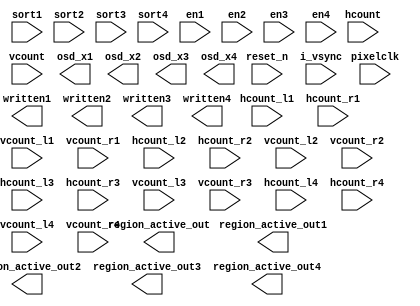
module word_control(
      input						         pixelclk,
	  input                                reset_n,
	  input                                i_vsync, 
	  input            [11:0]              hcount,
      input            [11:0]              vcount,       
	  input            [11:0]             hcount_l1,
      input            [11:0]             hcount_r1,
      input            [11:0]             vcount_l1,
      input            [11:0]             vcount_r1,
      input            [11:0]             hcount_l2, 
      input            [11:0]             hcount_r2,
      input            [11:0]             vcount_l2,
      input            [11:0]             vcount_r2,
      input            [11:0]             hcount_l3, 
      input            [11:0]             hcount_r3,
      input            [11:0]             vcount_l3,
      input            [11:0]             vcount_r3,
      input            [11:0]             hcount_l4, 
      input            [11:0]             hcount_r4,
      input            [11:0]             vcount_l4,
      input            [11:0]             vcount_r4,
	   input            [3:0]              sort1,
	   input            [3:0]              sort2,
	   input            [3:0]              sort3,
	   input            [3:0]              sort4,

	   input                               en1,
	   input                               en2,
	   input                               en3,
	   input                               en4,


	   output        reg   [7:0]              written1,
	   output        reg   [7:0]              written2,
	   output        reg   [7:0]              written3,
	   output        reg   [7:0]              written4,


	   output                              region_active_out,
	   output                              region_active_out1,
	   output                              region_active_out2,
	   output                              region_active_out3,
	   output                              region_active_out4,


      output           [11:0]             osd_x1,
      output           [11:0]             osd_x2,
      output           [11:0]             osd_x3,
      output           [11:0]             osd_x4


);
parameter OSD_WIDTH   =  12'd144;
parameter OSD_HEGIHT  =  12'd28;


 
reg         [15:0]          osd_ram_addr;
wire        [15:0]          osd_ram_addr1;
wire        [15:0]          osd_ram_addr2;
wire        [15:0]          osd_ram_addr3;
wire        [15:0]          osd_ram_addr4;


wire        [7:0]          q;
wire        [7:0]          q1;
wire        [7:0]          q2;
wire        [7:0]          q3;
wire        [7:0]          q4;
wire        [7:0]          q5;
wire        [7:0]          q6;
wire        [7:0]          q7;
wire        [7:0]          q8;
wire        [7:0]          q9;
wire        [7:0]          q10;
wire        [7:0]          q11;
wire        [7:0]          q12;


// written_enable  written_enable1_inst
//
//(
//        . pixelclk             (pixelclk),
//        . reset_n              (reset_n ),
//        . i_vsync              (i_vsync ), 
//        . hcount               (hcount),
//        . vcount               (vcount),       
//        . hcount_l1            (hcount_l1),
//        . hcount_r1            (hcount_r1),
//        . vcount_l1            (vcount_l1),
//        . vcount_r1            (vcount_r1),           
//        .en                    (en1),
//        . osd_ram_addr         (osd_ram_addr1),
////        . written              (written ),
//        . region_active_out    (region_active_out1),
//        . osd_x                (osd_x1)
//	   
//);
//
//
// written_enable  written_enable2_inst
//
//(
//        . pixelclk             (pixelclk),
//        . reset_n              (reset_n ),
//        . i_vsync              (i_vsync ), 
//        . hcount               (hcount),
//        . vcount               (vcount),       
//        . hcount_l1            (hcount_l2),
//        . hcount_r1            (hcount_r2),
//        . vcount_l1            (vcount_l2),
//        . vcount_r1            (vcount_r2),           
//        .en                    (en2),                               
//        . osd_ram_addr         (osd_ram_addr2),
////        . written              (written ),
//        . region_active_out    (region_active_out2),
//        . osd_x                (osd_x2)
//	   
//);
//
// written_enable  written_enable3_inst
//
//(
//        . pixelclk             (pixelclk),
//        . reset_n              (reset_n ),
//        . i_vsync              (i_vsync ), 
//        . hcount               (hcount),
//        . vcount               (vcount),       
//        . hcount_l1            (hcount_l3),
//        . hcount_r1            (hcount_r3),
//        . vcount_l1            (vcount_l3),
//        . vcount_r1            (vcount_r3),           
//        .en                    (en3),                               
//        . osd_ram_addr         (osd_ram_addr3),
////        . written              (written ),
//        . region_active_out    (region_active_out3),
//        . osd_x                (osd_x3)
//	   
//);

// written_enable  written_enable4_inst
//
//(
//        . pixelclk             (pixelclk),
//        . reset_n              (reset_n ),
//        . i_vsync              (i_vsync ), 
//        . hcount               (hcount),
//        . vcount               (vcount),       
//        . hcount_l1            (hcount_l4),
//        . hcount_r1            (hcount_r4),
//        . vcount_l1            (vcount_l4),
//        . vcount_r1            (vcount_r4),           
//        .en                    (en4),                               
//        . osd_ram_addr         (osd_ram_addr4),
////        . written              (written ),
//        . region_active_out    (region_active_out4),
//        . osd_x                (osd_x4)
//	   
//);

// written_enable  written_enable5_inst
//
//(
//        . pixelclk             (pixelclk),
//        . reset_n              (reset_n ),
//        . i_vsync              (i_vsync ), 
//        . hcount               (hcount),
//        . vcount               (vcount),       
//        . hcount_l1            (hcount_l5),
//        . hcount_r1            (hcount_r5),
//        . vcount_l1            (vcount_l5),
//        . vcount_r1            (vcount_r5),           
//        .en                    (en5),                               
//        . osd_ram_addr         (osd_ram_addr5),
////        . written              (written ),
//        . region_active_out    (region_active_out5),
//        . osd_x                (osd_x5)
//	   
//);
//
// written_enable  written_enable6_inst
//
//(
//        . pixelclk             (pixelclk),
//        . reset_n              (reset_n ),
//        . i_vsync              (i_vsync ), 
//        . hcount               (hcount),
//        . vcount               (vcount),       
//        . hcount_l1            (hcount_l6),
//        . hcount_r1            (hcount_r6),
//        . vcount_l1            (vcount_l6),
//        . vcount_r1            (vcount_r6),           
//        .en                    (en6),                               
//        . osd_ram_addr         (osd_ram_addr6),
////        . written              (written ),
//        . region_active_out    (region_active_out6),
//        . osd_x                (osd_x6)
//	   
//);
//
// written_enable  written_enable7_inst
//
//(
//        . pixelclk             (pixelclk),
//        . reset_n              (reset_n ),
//        . i_vsync              (i_vsync ), 
//        . hcount               (hcount),
//        . vcount               (vcount),       
//        . hcount_l1            (hcount_l7),
//        . hcount_r1            (hcount_r7),
//        . vcount_l1            (vcount_l7),
//        . vcount_r1            (vcount_r7),           
//        .en                    (en7),                               
//        . osd_ram_addr         (osd_ram_addr7),
////        . written              (written ),
//        . region_active_out    (region_active_out7),
//        . osd_x                (osd_x7)
//	   
//);
//
//written_enable  written_enable8_inst
//
//(
//        . pixelclk             (pixelclk),
//        . reset_n              (reset_n ),
//        . i_vsync              (i_vsync ), 
//        . hcount               (hcount),
//        . vcount               (vcount),       
//        . hcount_l1            (hcount_l8),
//        . hcount_r1            (hcount_r8),
//        . vcount_l1            (vcount_l8),
//        . vcount_r1            (vcount_r8),           
//        .en                    (en8),                               
//        . osd_ram_addr         (osd_ram_addr8),
////        . written              (written ),
//        . region_active_out    (region_active_out8),
//        . osd_x                (osd_x8)
//	   
//);

//written_enable  written_enable9_inst
//
//(
//        . pixelclk             (pixelclk),
//        . reset_n              (reset_n ),
//        . i_vsync              (i_vsync ), 
//        . hcount               (hcount),
//        . vcount               (vcount),       
//        . hcount_l1            (hcount_l9),
//        . hcount_r1            (hcount_r9),
//        . vcount_l1            (vcount_l9),
//        . vcount_r1            (vcount_r9),           
//        .en                    (en9),                               
//        . osd_ram_addr         (osd_ram_addr9),
////        . written              (written ),
//        . region_active_out    (region_active_out9),
//        . osd_x                (osd_x9)
//	   
//);

//always@(*)
//  begin
//        if(region_active_out1 == 1'b1)
//
//    		osd_ram_addr <= osd_ram_addr1 ;
//
//      else if(region_active_out2 == 1'b1)
//
//    		osd_ram_addr <= osd_ram_addr2 ;
//
//      else if(region_active_out3 == 1'b1)
//
//    		osd_ram_addr <= osd_ram_addr3 ;
////
////      else if(region_active_out4 == 1'b1)
////
////    		osd_ram_addr <= osd_ram_addr4 ;
//
////      else if(region_active_out5 == 1'b1)
////
////    		osd_ram_addr <= osd_ram_addr5 ;
//
////      else if(region_active_out6 == 1'b1)
////
////    		osd_ram_addr <= osd_ram_addr6 ;
////
////      else if(region_active_out7 == 1'b1)
////
////    		osd_ram_addr <= osd_ram_addr7 ;
////
////      else if(region_active_out8 == 1'b1)
////
////    		osd_ram_addr <= osd_ram_addr8 ;
////
////      else if(region_active_out9 == 1'b1)
////
////    		osd_ram_addr <= osd_ram_addr9 ;
//
//    else      osd_ram_addr <= 16'd0;
//
//
//
//   end
//
//always@(*)
//  begin
//    if(sort1==4'd1) 
//    written1<=q;
//	else    if(sort1==4'd2) 
//    written1<=q1;
//	else    if(sort1==4'd3) 
//    written1<=q2;
//    else    if(sort1==4'd4) 
//    written1<=q3;
//    else    if(sort1==4'd5) 
//    written1<=q4;
//	else    if(sort1==4'd6) 
//    written1<=q5;
//	else    if(sort1==4'd7) 
//    written1<=q6;
//    else    if(sort1==4'd8) 
//    written1<=q7;
//	else    if(sort1==4'd9) 
//    written1<=q8;
//	else    if(sort1==4'd10) 
//    written1<=q9;
//    else    if(sort1==4'd11) 
//    written1<=q10;
//    else    if(sort1==4'd12) 
//    written1<=q11;	
//    else    if(sort1==4'd13) 
//    written1<=q12;
//	else  
//    written1<= written1;			
//	end 
//
//always@(*)
//  begin
//    if(sort2==4'd1) 
//    written2<=q;
//	else    if(sort2==4'd2) 
//    written2<=q1;
//	else    if(sort2==4'd3) 
//    written2<=q2;
//    else    if(sort2==4'd4) 
//    written2<=q3;
//    else    if(sort2==4'd5) 
//    written2<=q4;
//	else    if(sort2==4'd6) 
//    written2<=q5;
//	else    if(sort2==4'd7) 
//    written2<=q6;
//    else    if(sort2==4'd8) 
//    written2<=q7;
//	else    if(sort2==4'd9) 
//    written2<=q8;
//	else    if(sort2==4'd10) 
//    written2<=q9;
//    else    if(sort2==4'd11) 
//    written2<=q10;
//    else    if(sort2==4'd12) 
//    written2<=q11;	
//    else    if(sort2==4'd13) 
//    written2<=q12;
//	else  
//    written2<= written2;	
//		
//	end 
//
//always@(*)
//  begin
//    if(sort3==4'd1) 
//    written3<=q;
//	else    if(sort3==4'd2) 
//    written3<=q1;
//	else    if(sort3==4'd3) 
//    written3<=q2;
//    else    if(sort3==4'd4) 
//    written3<=q3;
//    else    if(sort3==4'd5) 
//    written3<=q4;
//	else    if(sort3==4'd6) 
//    written3<=q5;
//	else    if(sort3==4'd7) 
//    written3<=q6;
//    else    if(sort3==4'd8) 
//    written3<=q7;
//	else    if(sort3==4'd9) 
//    written3<=q8;
//	else    if(sort3==4'd10) 
//    written3<=q9;
//    else    if(sort3==4'd11) 
//    written3<=q10;
//    else    if(sort3==4'd12) 
//    written3<=q11;	
//    else    if(sort3==4'd13) 
//    written3<=q12;	
//	else  
//    written3<= written3;	
//		
//	end 

//always@(*)
//  begin
//    if(sort4==4'd1) 
//    written4<=q;
//	else    if(sort4==4'd2) 
//    written4<=q1;
//	else    if(sort4==4'd3) 
//    written4<=q2;
//    else    if(sort4==4'd4) 
//    written4<=q3;
//    else    if(sort4==4'd5) 
//    written4<=q4;
//	else    if(sort4==4'd6) 
//    written4<=q5;
//	else    if(sort4==4'd7) 
//    written4<=q6;
//    else    if(sort4==4'd8) 
//    written4<=q7;
//	else    if(sort4==4'd9) 
//    written4<=q8;
//	else    if(sort4==4'd10) 
//    written4<=q9;
//    else    if(sort4==4'd11) 
//    written4<=q10;
//    else    if(sort4==4'd12) 
//    written4<=q11;	
//    else    if(sort4==4'd13) 
//    written4<=q12;	
//	else  
//    written4<= written4;	
//		
//	end 

//always@(*)
//  begin
//    if(sort5==4'd0) 
//    written5<=q;
//	else    if(sort5==4'd1) 
//    written5<=q1;
//	else    if(sort5==4'd2) 
//    written5<=q2;
//    else    if(sort5==4'd3) 
//    written5<=q3;
//    else    if(sort5==4'd4) 
//    written5<=q4;
//	else    if(sort5==4'd5) 
//    written5<=q5;
//	else    if(sort5==4'd6) 
//    written5<=q6;
//    else    if(sort5==4'd7) 
//    written5<=q7;
//	else    if(sort5==4'd8) 
//    written5<=q8;
//	else    if(sort5==4'd9) 
//    written5<=q9;
//    else    if(sort5==4'd10) 
//    written5<=q10;
//    else    if(sort5==4'd11) 
//    written5<=q11;	
//    else    if(sort5==4'd12) 
//    written5<=q12;	
//	else  
//    written5<= written5;	
//		
//	end 
//
//always@(*)
//  begin
//    if(sort6==4'd0) 
//    written6<=q;
//	else    if(sort6==4'd1) 
//    written6<=q1;
//	else    if(sort6==4'd2) 
//    written6<=q2;
//    else    if(sort6==4'd3) 
//    written6<=q3;
//    else    if(sort6==4'd4) 
//    written6<=q4;
//	else    if(sort6==4'd6) 
//    written6<=q6;
//	else    if(sort6==4'd5) 
//    written6<=q5;
//    else    if(sort6==4'd7) 
//    written6<=q7;
//	else    if(sort6==4'd8) 
//    written6<=q8;
//	else    if(sort6==4'd9) 
//    written6<=q9;
//    else    if(sort6==4'd10) 
//    written6<=q10;
//    else    if(sort6==4'd11) 
//    written6<=q11;	
//	else  
//    written6<= written6;	
//		
//	end 
//
//always@(*)
//  begin
//    if(sort7==4'd0) 
//    written7<=q;
//	else    if(sort7==4'd1) 
//    written7<=q1;
//	else    if(sort7==4'd2) 
//    written7<=q2;
//    else    if(sort7==4'd3) 
//    written7<=q3;
//    else    if(sort7==4'd4) 
//    written7<=q4;
//	else    if(sort7==4'd5) 
//    written7<=q5;
//	else    if(sort7==4'd6) 
//    written7<=q6;
//    else    if(sort7==4'd7) 
//    written7<=q7;
//	else    if(sort7==4'd8) 
//    written7<=q8;
//	else    if(sort7==4'd9) 
//    written7<=q9;
//    else    if(sort7==4'd10) 
//    written7<=q10;
//    else    if(sort7==4'd11) 
//    written7<=q11;	
//	else  
//    written7<= written7;	
//		
//	end 
//
//always@(*)
//  begin
//    if(sort8==4'd0) 
//    written8<=q;
//	else    if(sort8==4'd1) 
//    written8<=q1;
//	else    if(sort8==4'd2) 
//    written8<=q2;
//    else    if(sort8==4'd3) 
//    written8<=q3;
//    else    if(sort8==4'd4) 
//    written8<=q4;
//	else    if(sort8==4'd5) 
//    written8<=q5;
//	else    if(sort8==4'd6) 
//    written8<=q6;
//    else    if(sort8==4'd7) 
//    written8<=q7;
//	else    if(sort8==4'd8) 
//    written8<=q8;
//	else    if(sort8==4'd9) 
//    written8<=q9;
//    else    if(sort8==4'd10) 
//    written8<=q10;
//    else    if(sort8==4'd11) 
//    written8<=q11;	
//	else  
//    written8<= written8;	
//		
//	end 
//
//always@(*)
//  begin
//    if(sort9==4'd0) 
//    written9<=q;
//	else    if(sort9==4'd1) 
//    written9<=q1;
//	else    if(sort9==4'd2) 
//    written9<=q2;
//    else    if(sort9==4'd3) 
//    written9<=q3;
//    else    if(sort9==4'd4) 
//    written9<=q4;
//	else    if(sort9==4'd5) 
//    written9<=q5;
//	else    if(sort9==4'd6) 
//    written9<=q6;
//    else    if(sort9==4'd7) 
//    written9<=q7;
//	else    if(sort9==4'd8) 
//    written9<=q8;
//	else    if(sort9==4'd9) 
//    written9<=q9;
//    else    if(sort9==4'd10) 
//    written9<=q10;
//    else    if(sort9==4'd11) 
//    written9<=q11;	
//	else  
//    written9<= written9;	
//		
//	end 
//
//apple_rom   apple_rom_m0 (
//    .addr(osd_ram_addr[15:3]),
//    .clk(pixelclk ),
//    .rst(1'b0),
//    .rd_data(q)
//            
//);
//orange_rom  orange_rom_name (
//  .addr(osd_ram_addr[15:3]),          // input [10:0]
//  .clk(pixelclk),            // input
//  .rst(1'b0),            // input
//  .rd_data(q1)     // output [7:0]
//);
//
//pear_rom  pear_rom_name (
//  .addr(osd_ram_addr[15:3]),          // input [10:0]
//  .clk(pixelclk),            // input
//  .rst(1'b0),            // input
//  .rd_data(q2)     // output [7:0]
//);
//
//
////
//mango_rom  mango_rom_name (
//  .addr(osd_ram_addr[15:3]),          // input [10:0]
//  .clk(pixelclk),            // input
//  .rst(1'b0),            // input
//  .rd_data(q3)     // output [7:0]
//);
//
////
//mango1  mango1_name (
//  .addr(osd_ram_addr[15:3]),          // input [10:0]
//  .clk(pixelclk),            // input
//  .rst(1'b0),            // input
//  .rd_data(q6)     // output [7:0]
//);
//
////
//mango2  mango2_name (
//  .addr(osd_ram_addr[15:3]),          // input [10:0]
//  .clk(pixelclk),            // input
//  .rst(1'b0),            // input
//  .rd_data(q7)     // output [7:0]
//);
//
//banna_rom  bannaa_rom_name (
//  .addr(osd_ram_addr[15:3]),          // input [10:0]
//  .clk(pixelclk),            // input
//  .rst(1'b0),            // input
//  .rd_data(q4)     // output [7:0]
//);
//
//grape_rom  grape_rom_name (
//  .addr(osd_ram_addr[15:3]),          // input [10:0]
//  .clk(pixelclk),            // input
//  .rst(1'b0),            // input
//  .rd_data(q5)     // output [7:0]
//);
//
//kkkk kkkk_rom_name (
//  .addr(osd_ram_addr[15:3]),          // input [10:0]
//  .clk(pixelclk),            // input
//  .rst(1'b0),            // input
//  .rd_data(q8)     // output [7:0]
//);
//
//green_apple green_apple_rom_name (
//  .addr(osd_ram_addr[15:3]),          // input [10:0]
//  .clk(pixelclk),            // input
//  .rst(1'b0),            // input
//  .rd_data(q9)     // output [7:0]
//);
//
//Mangosteen_rom  Mangosteen_rom_name (
//  .addr(osd_ram_addr[15:3]),          // input [10:0]
//  .clk(pixelclk),            // input
//  .rst(1'b0),            // input
//  .rd_data(q10)     // output [7:0]
//);
//
//Green_pear_room   Green_pear_room_name (
//  .addr(osd_ram_addr[15:3]),          // input [10:0]
//  .clk(pixelclk),            // input
//  .rst(1'b0),            // input
//  .rd_data(q11)     // output [7:0]
//);
//
//Fig_rom   Fig_rom_name (
//  .addr(osd_ram_addr[15:3]),          // input [10:0]
//  .clk(pixelclk),            // input
//  .rst(1'b0),            // input
//  .rd_data(q12)     // output [7:0]
//);
endmodule